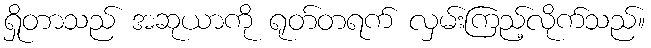
ရှိုတာသည် အဆုယာကို ရုတ်တရက် လှမ်းကြည့်လိုက်သည်။